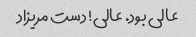
عالی بود. عالی! دست مریزاد